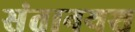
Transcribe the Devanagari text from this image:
संतानयश